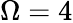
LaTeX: \Omega=4